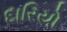
દારિયો